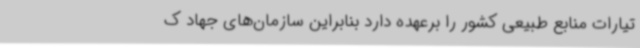
تیارات منابع طبیعی کشور را برعهده دارد بنابراین سازمان‌های جهاد ک